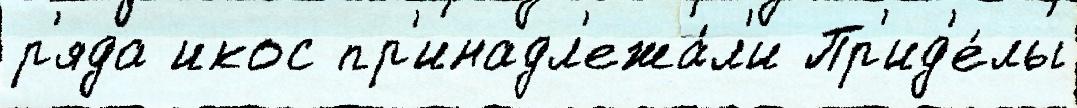
р'яда икос пр'инадл'ежа́л'и Пр'ид'е́лы